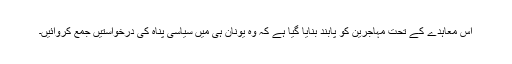
اس معاہدے کے تحت مہاجرین کو پابند بنایا گیا ہے کہ وہ یونان ہی میں سیاسی پناہ کی درخواستیں جمع کروائیں۔